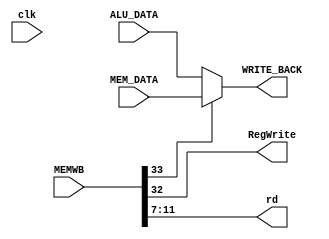
module instruction_write_back (
	//input
	input clk,
	input [33:0] MEMWB,
	input [31:0] MEM_DATA,
	input [31:0] ALU_DATA,
	
	output reg [31:0] WRITE_BACK,
	//output reg RegWrite,
	output RegWrite,
	//output
	output [4:0] rd
);
assign RegWrite = MEMWB[32];
assign rd = MEMWB[11:7];

// choose the write back from ALU or MEMORY
always @(*) begin
	if (MEMWB[33]) begin
		WRITE_BACK = MEM_DATA;
	end
	else begin
		WRITE_BACK = ALU_DATA;
	end
end


endmodule